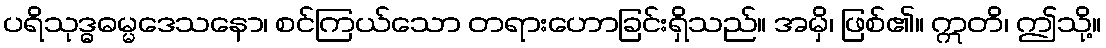
ပရိသုဒ္ဓဓမ္မဒေသနော၊ စင်ကြယ်သော တရားဟောခြင်းရှိသည်။ အမှိ၊ ဖြစ်၏။ ဣတိ၊ ဤသို့။